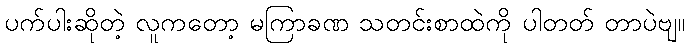
ပက်ပါးဆိုတဲ့ လူကတော့ မကြာခဏ သတင်းစာထဲကို ပါတတ် တာပဲဗျ။